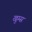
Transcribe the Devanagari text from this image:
खुम्स